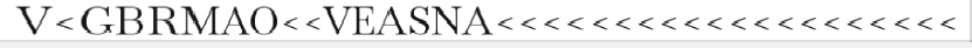
V<GBRMAO<<VEASNA<<<<<<<<<<<<<<<<<<<<